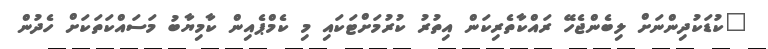
"ކުޑަކުދިންނަށް ލިބެންޖެހޭ ރައްކާތެރިކަން އިތުރު ކުރުމަށްޓަކައި މި ކެމްޕެއިން ކާމިޔާބު މަސައްކަތަކަށް ހެދުން